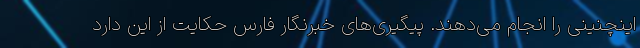
اینچنینی را انجام می‌دهند. پیگیری‌های خبرنگار فارس حکایت از این دارد